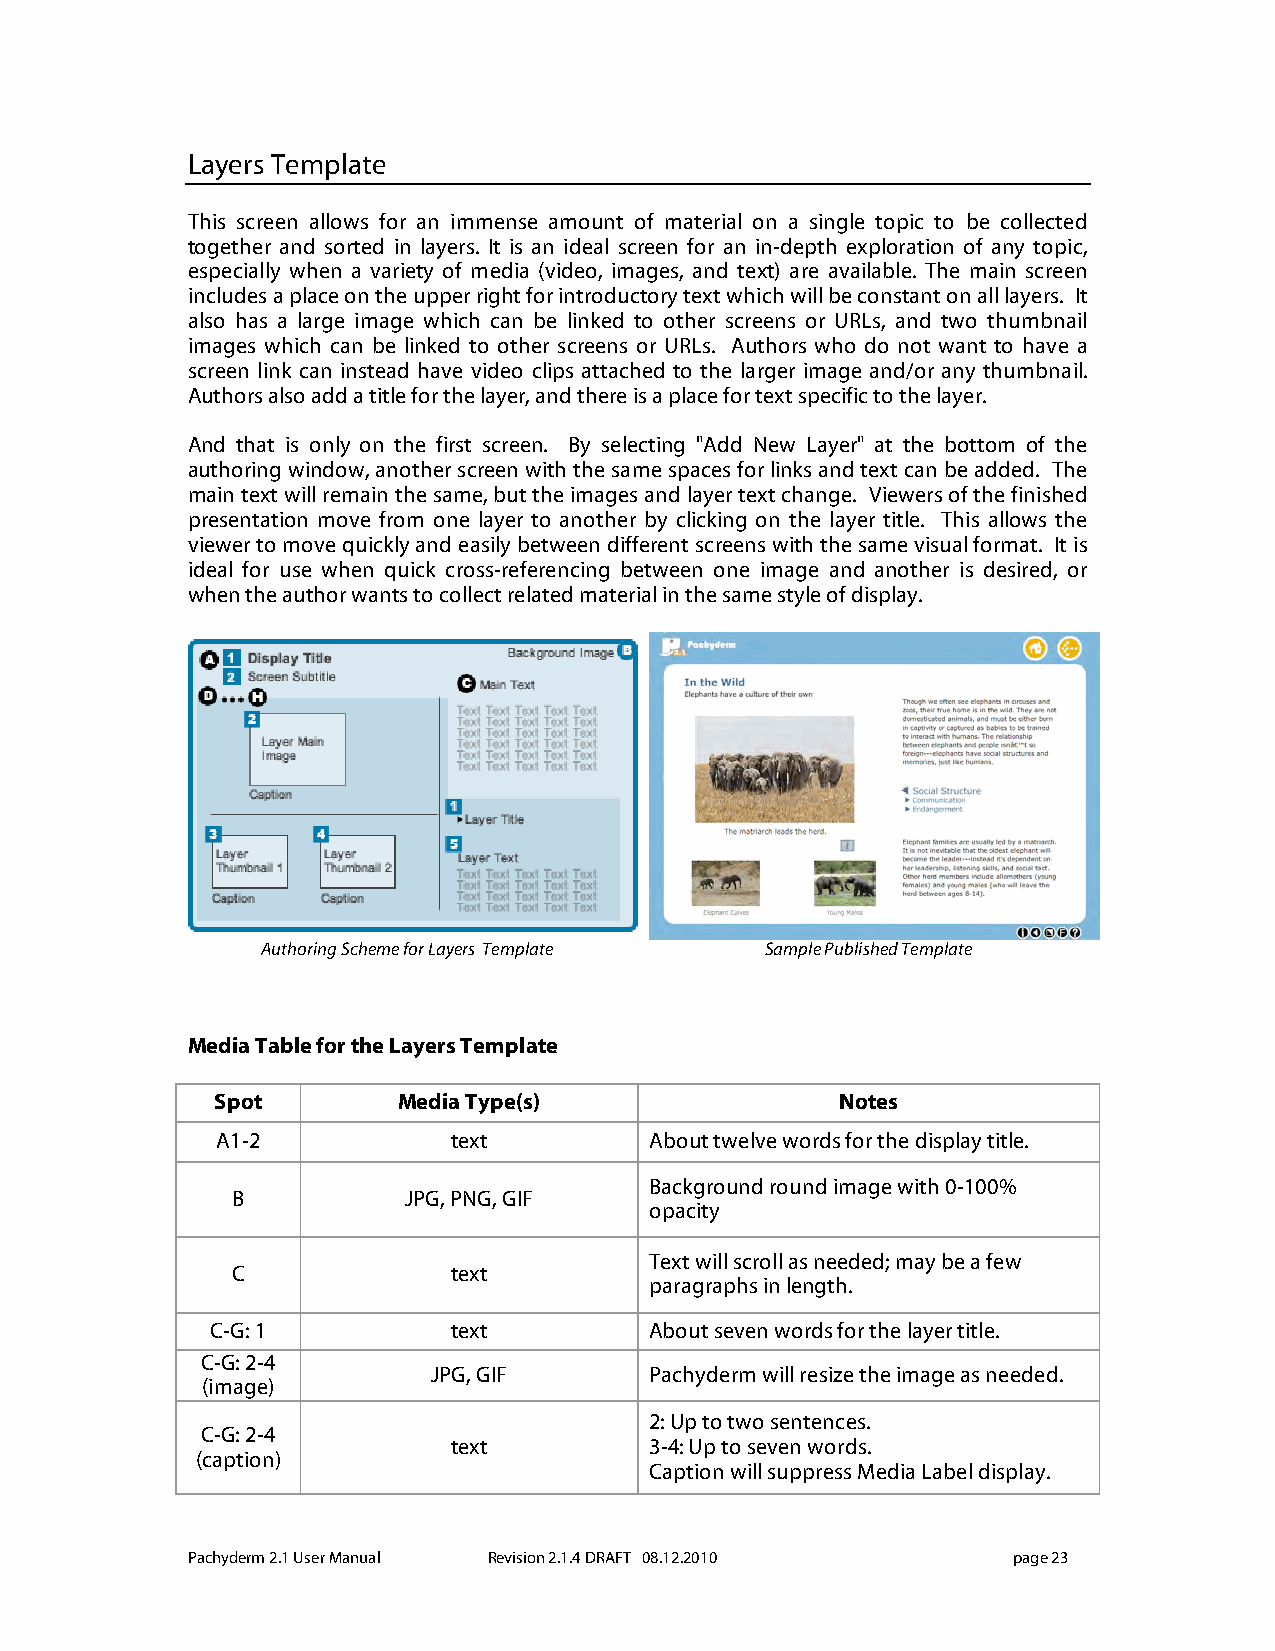
Layers Template
 This screen allows for an immense amount of material on a single topic to be collected
 together and sorted in layers. It is an ideal screen for an in-depth exploration of any topic,
 especially when a variety of media (video, images, and text) are available. The main screen
 includes a place on the upper right for introductory text which will be constant on all layers. It
 also has a large image which can be linked to other screens or URLs, and two thumbnail
 images which can be linked to other screens or URLs. Authors who do not want to have a
 screen link can instead have video clips attached to the larger image and/or any thumbnail.
 Authors also add a title for the layer, and there is a place for text specific to the layer.
 And that is only on the first screen. By selecting "Add New Layer" at the bottom of the
 authoring window, another screen with the same spaces for links and text can be added. The
 main text will remain the same, but the images and layer text change. Viewers of the finished
 presentation move from one layer to another by clicking on the layer title. This allows the
 viewer to move quickly and easily between different screens with the same visual format. It is
 ideal for use when quick cross-referencing between one image and another is desired, or
 when the author wants to collect related material in the same style of display.
 Authoring Scheme for Layers Template Sample Published Template
 Media Table for the Layers Template
 Spot        Media Type(s)                 Notes
 A1-2            text         About twelve words for the display title.
 Background round image with 0-100%
 B           JPG, PNG, GIF
 opacity
 Text will scroll as needed; may be a few
 C              text
 paragraphs in length.
 C-G: 1          text         About seven words for the layer title.
 C-G: 2-4
 JPG, GIF      Pachyderm will resize the image as needed.
 (image)
 2: Up to two sentences.
 C-G: 2-4
 text         3-4: Up to seven words.
 (caption)
 Caption will suppress Media Label display.
 Pachyderm 2.1 User Manual Revision 2.1.4 DRAFT 08.12.2010 page 23